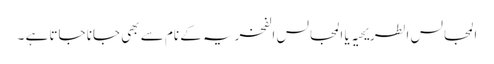
المجالس الطریحیہ یا المجالس الفخریہ کے نام سے بھی جانا جاتا ہے ۔